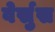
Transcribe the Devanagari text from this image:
वेर्सुस